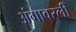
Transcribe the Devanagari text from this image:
अंगावरली